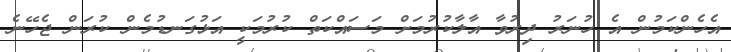
އެހެންކަމުން އެ ހުނަރު ދިރުވާ އާލާކުރުމަށް މަސައްކަތް ކުރުމަކީ އަޅުގަނޑުމެން ކުރަން ޖެހޭނެ